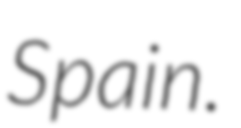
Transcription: Spain.